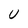
Character: U